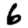
Digit: 6